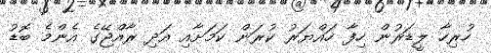
ހުރިހާ ލީޑަރުން ހިފާ ހައްޔަރު ކުރަން ކަމަށާއި އަދި ރާއްޖޭގެ އެންމެ ބޮޑު